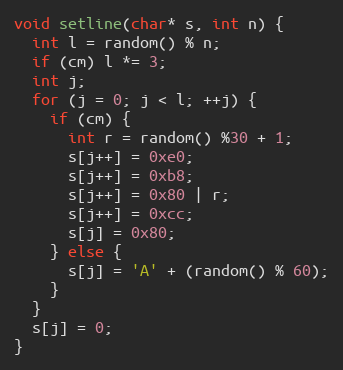
Language: C++
void setline(char* s, int n) {
  int l = random() % n;
  if (cm) l *= 3;
  int j;
  for (j = 0; j < l; ++j) {
    if (cm) {
      int r = random() %30 + 1;
      s[j++] = 0xe0;
      s[j++] = 0xb8;
      s[j++] = 0x80 | r;
      s[j++] = 0xcc;
      s[j] = 0x80;
    } else {
      s[j] = 'A' + (random() % 60);
    }
  }
  s[j] = 0;
}